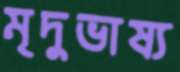
মৃদুভাষ্য